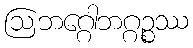
ဩဘဂ္ဂေါဘဂ္ဂဉ္စဿ